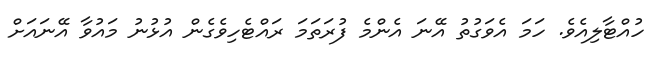
ހުއްޓާލިއެވެ. ހަމަ އެވަގުތު އޭނަ އެންމެ ފުރަތަމަ ރައްޓެހިވެގެން އުޅުނު މައުވާ އޭނައަށް